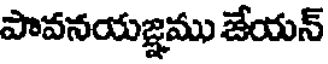
పావనయజ్ఞము జేయన్